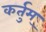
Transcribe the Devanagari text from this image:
कर्तुम्